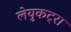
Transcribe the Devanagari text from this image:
लेयुकट्रा